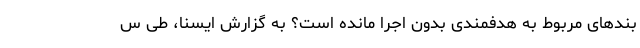
بندهای مربوط به هدفمندی بدون اجرا مانده است؟ به گزارش ایسنا، طی س